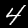
Digit: 4